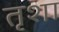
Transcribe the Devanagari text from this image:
तृशा